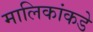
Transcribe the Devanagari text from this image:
मालिकांकडे